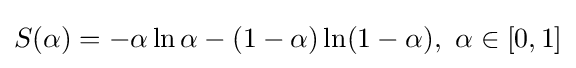
S(\alpha )=-\alpha \ln \alpha -(1-\alpha )\ln(1-\alpha ),\ \alpha \in [0,1]